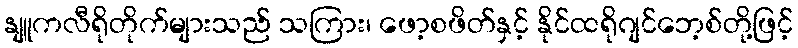
နျူကလီရိုတိုက်များသည် သကြား၊ ဖော့စဖိတ်နှင့် နိုင်ထရိုဂျင်ဘေ့စ်တို့ဖြင့်